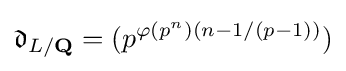
{\mathfrak {d}}_{L/\mathbf {Q} }=(p^{\varphi (p^{n})(n-1/(p-1))})